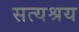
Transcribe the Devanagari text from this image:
सत्यश्रय